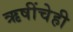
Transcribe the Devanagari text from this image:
ऋषींचेही